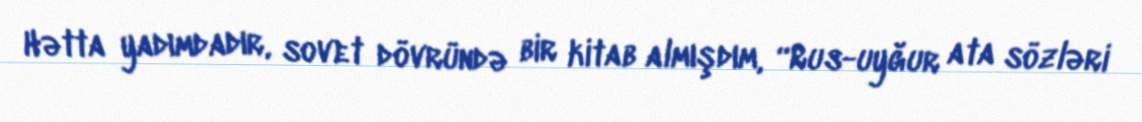
Hətta yadımdadır, sovet dövründə bir kitab almışdım, “Rus-uyğur ata sözləri